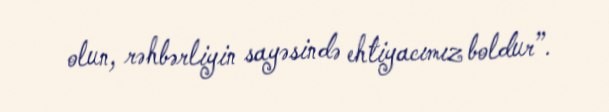
olun, rəhbərliyin sayəsində ehtiyacımız boldur”.